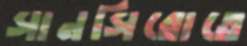
সানসিরোতে